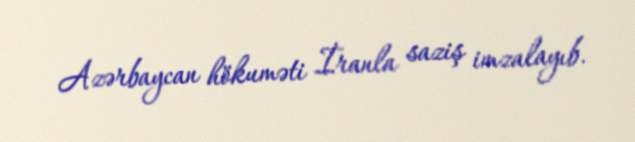
Azərbaycan hökuməti İranla saziş imzalayıb.